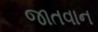
જાતવાન